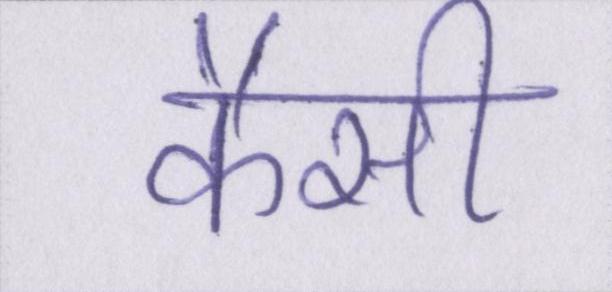
कैसी